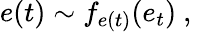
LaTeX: e(t)\sim f_{e(t)}(e_{t})\mathrm{~,~}